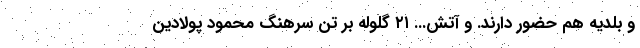
و بلدیه هم حضور دارند. و آتش... ۲۱ گلوله بر تن سرهنگ محمود پولادین